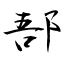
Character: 郚